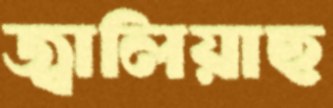
জ্বালিয়াছ